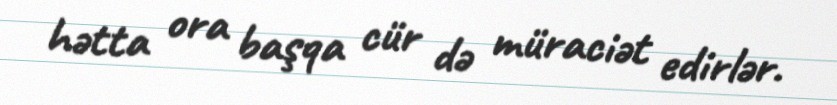
hətta ora başqa cür də müraciət edirlər.